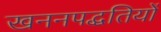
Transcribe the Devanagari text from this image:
खननपद्धतियों